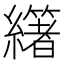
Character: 𦇃